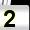
Digit: 2